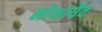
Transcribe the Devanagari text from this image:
मोक्षायैव